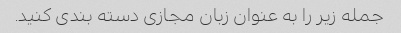
جمله زیر را به عنوان زبان مجازی دسته بندی کنید.